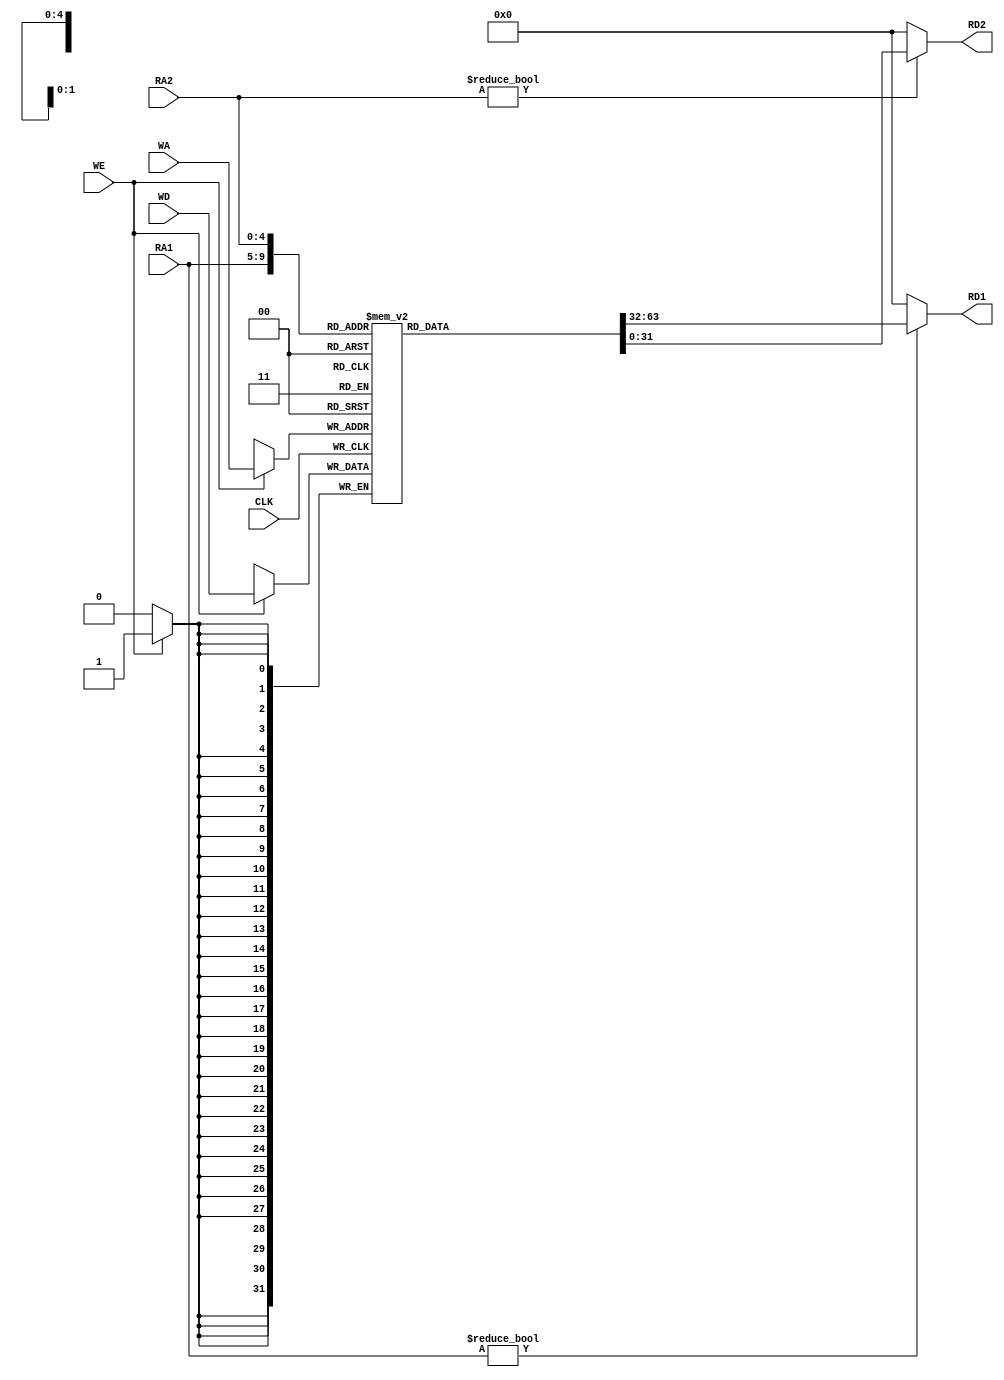
`timescale 1ns / 1ps
//////////////////////////////////////////////////////////////////////////////////
// Company: 
// Engineer: 
// 
// Design Name: 
// Module Name: RegFile
// Project Name: 
// Target Devices: 
// Tool Versions: 
// Description: 
// 
// Dependencies: 
// 
// Revision:
// Revision 0.01 - File Created
// Additional Comments:
// 
//////////////////////////////////////////////////////////////////////////////////


`define DATA_WIDTH 32
module RegFile
    #(parameter ADDR_SIZE = 5)
    (input CLK, WE, 
    input [ADDR_SIZE-1:0] RA1, RA2, WA,
    input [`DATA_WIDTH-1:0] WD, 
    output [`DATA_WIDTH-1:0] RD1, RD2);
    
    integer i;
    reg [`DATA_WIDTH-1:0] rf [2 ** ADDR_SIZE-1:0];
    initial begin
        for(i = 0;i <= 2 ** ADDR_SIZE-1;i = i+1) rf[i] = 0;
        rf[28] = 32'h10008000;
        rf[29] = 32'h7fffeffc;
    end
    
    always@(posedge CLK)
        if(WE) rf[WA] <= WD; 
    assign RD1 = (RA1 != 0) ? rf[RA1] : 0;  
    assign RD2 = (RA2 != 0) ? rf[RA2] : 0;  
endmodule